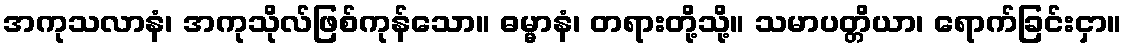
အကုသလာနံ၊ အကုသိုလ်ဖြစ်ကုန်သော။ ဓမ္မာနံ၊ တရားတို့သို့။ သမာပတ္တိယာ၊ ရောက်ခြင်းငှာ။